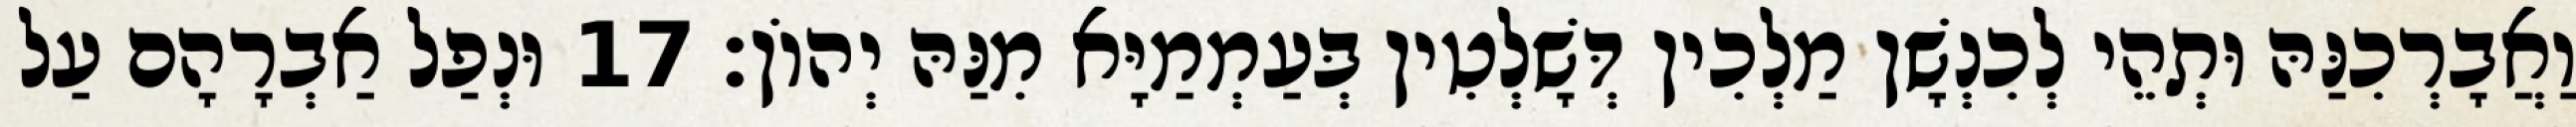
וַאֲבָרְכִנַּהּ וּתְהֵי לְכִנְשָׁן מַלְכִין דְּשָׁלְטִין בְּעַמְמַיָּא מִנַּהּ יְהוֹן׃ 17 וּנְפַל אַבְרָהָם עַל